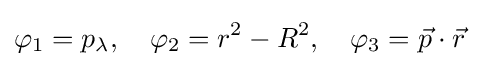
\varphi _{1}=p_{\lambda },\quad \varphi _{2}=r^{2}-R^{2},\quad \varphi _{3}={\vec {p}}\cdot {\vec {r}}